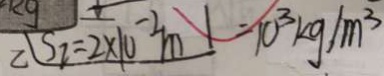
S _ { I } = 2 \times 1 0 ^ { - 2 } m = 1 0 ^ { 3 } k g / m ^ { 3 }